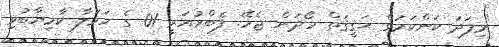
"މިފަދަ ކަންކަމުގެ ޙަޤީޤަތް ހޯދަން ޖެހޭ. ފެބްރުއަރީ 01 ގެ ހަމަލާ ކާމިޔާބުވި